Report on lock hospitals in British Burma
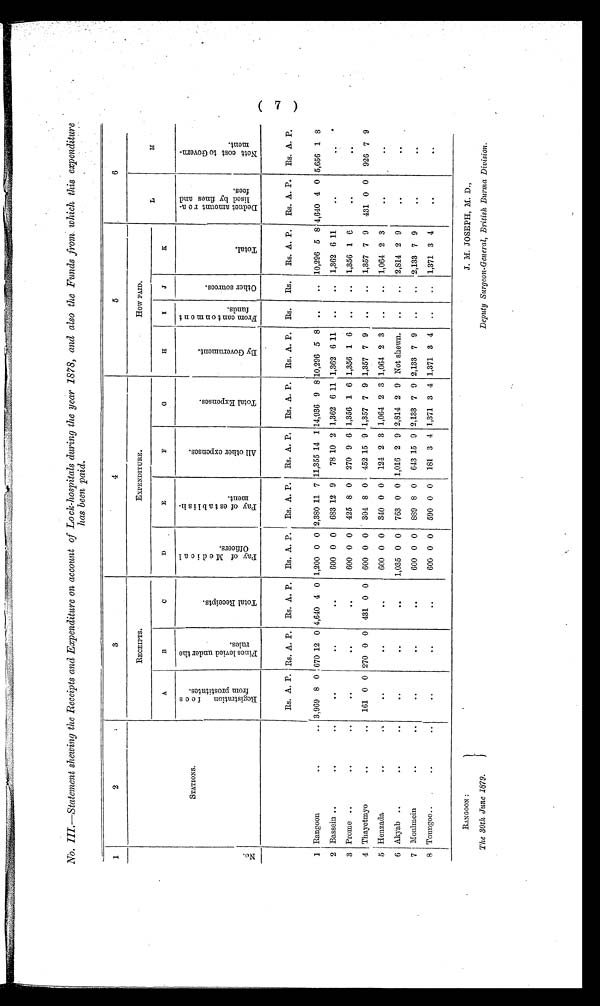
has been paid.
1
2
3
4
5
6
N o .
STATIONS.
RECEIPTS.
EXPENDITURE.
HOW PAID.
A
B
C
D
E
F
G
H
I
J
K
L
M
R e g i s t r a t i o n f e e s f r o m p r o s t i t u t e s .
F i n e s l i e v e d u n d e r t h e r u l e s .
T o t a l R e c i e p t s .
P a y o f M e d i c a l o f f i c e r s .
P a y o f e s t a b l i s h m e n t .
A l l o t h e r e x p e n s e s .
T o t a l E x p e n s e s .
B y G o v e r n m e n t .
F r o m c a n t o n t o n m e n t f u n d s .
O t h e r s o u r c e s .
T o t a l .
D e d u c t a m o u n t r e a l i s e d b y f i n e s a n d f e e s .
N e t t c o s t t o G o v e r n m e n t .
Rs. A. P. Rs. A. P.
Rs. A. P.
Rs. A. P.
Rs. A. P.
Rs. A. P.
Rs. A. P.
Rs. A. P.
Rs.
Rs.
Rs. A. P.
Rs. A. P.
Rs. A. P.
1 Rangoon
..
.. 3,969 8 0 670 12 0 4,640 4 0 1,200 0 0 2,380 11 7 11,355 14 1 14,936 9 8 10,296 5 8
..
..
10,296 5 8 4,640 4 0 5,656 1
8
2 Bassein ..
. .
..
..
..
..
600 0 0
683 12 9
78 10 2 1,362 6 11 1,362 6 11
..
..
1,362 6 11
. .
..
3 Prome ..
..
..
. .
..
..
600 0 0
425 8 0
270 9 6 1,356 1 6 1,356 1 6
..
..
1,356 1 6
. .
..
. .
..
4 Thayetmyo
..
..
161 0 0 270 0 0 431 0 0
600 0 0
304 8 0
452 15 9 1,357 7 9 1,357 7 9
..
..
1,357 7 9
431 0 0
926 7 9
5 Henzada
..
. .
..
..
. . 600 0 0
340 0 0
124 2 3 1,064 2 3 1,064 2 3
..
..
1,064 2 3
..
..
6 Akyab ..
..
..
..
..
..
1,035 0 0
763 0 0 1,016 2 9 2,814 2 9 Not shewn.
..
..
2,814 2 9
..
..
7 Moulmein
..
..
..
..
..
600 0 0
889 8 0
643 15 9 2,133 7 9 2,133 7 9
..
..
2,133 7 9
. .
..
..
8 Toungoo..
.
..
..
..
..
..
600 0 0
590 0 0
181 3 4 1,371 3 4 1,371 3 4
..
..
1,371 3 4
. .
..
..
RANGOON:
J. M. JOSEPH, M. D.,
The 30th June 1879.
Deputy Surgeon-General, British Burma Division.